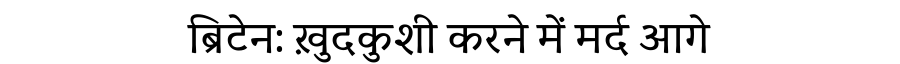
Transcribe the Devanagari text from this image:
ब्रिटेन: ख़ुदकुशी करने में मर्द आगे